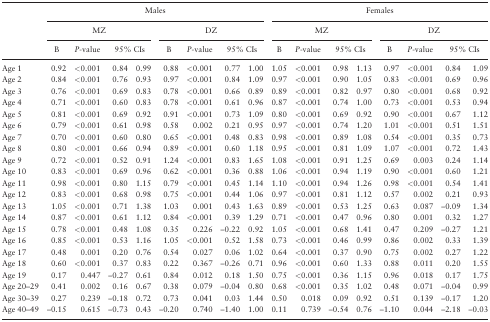
<table><thead><tr><td>[EMPTY_CELL]</td><td colspan="8"><b>Males</b></td><td colspan="8"><b>Females</b></td></tr><tr><td>[EMPTY_CELL]</td><td colspan="4"><b>MZ</b></td><td colspan="4"><b>DZ</b></td><td colspan="4"><b>MZ</b></td><td colspan="4"><b>DZ</b></td></tr><tr><td>[EMPTY_CELL]</td><td><b>B</b></td><td><b><i>P</i>-value</b></td><td colspan="2"><b>95% CIs</b></td><td><b>B</b></td><td><b><i>P</i>-value</b></td><td colspan="2"><b>95% CIs</b></td><td><b>B</b></td><td><b><i>P</i>-value</b></td><td colspan="2"><b>95% CIs</b></td><td><b>B</b></td><td><b><i>P</i>-value</b></td><td colspan="2"><b>95% CIs</b></td></tr></thead><tbody><tr><td>Age 1</td><td>0.92</td><td>&lt;0.001</td><td>0.84</td><td>0.99</td><td>0.88</td><td>&lt;0.001</td><td>0.77</td><td>1.00</td><td>1.05</td><td>&lt;0.001</td><td>0.98</td><td>1.13</td><td>0.97</td><td>&lt;0.001</td><td>0.84</td><td>1.09</td></tr><tr><td>Age 2</td><td>0.84</td><td>&lt;0.001</td><td>0.76</td><td>0.93</td><td>0.97</td><td>&lt;0.001</td><td>0.84</td><td>1.09</td><td>0.97</td><td>&lt;0.001</td><td>0.90</td><td>1.05</td><td>0.83</td><td>&lt;0.001</td><td>0.69</td><td>0.96</td></tr><tr><td>Age 3</td><td>0.76</td><td>&lt;0.001</td><td>0.69</td><td>0.83</td><td>0.78</td><td>&lt;0.001</td><td>0.66</td><td>0.89</td><td>0.89</td><td>&lt;0.001</td><td>0.82</td><td>0.97</td><td>0.80</td><td>&lt;0.001</td><td>0.68</td><td>0.92</td></tr><tr><td>Age 4</td><td>0.71</td><td>&lt;0.001</td><td>0.60</td><td>0.83</td><td>0.78</td><td>&lt;0.001</td><td>0.61</td><td>0.96</td><td>0.87</td><td>&lt;0.001</td><td>0.74</td><td>1.00</td><td>0.73</td><td>&lt;0.001</td><td>0.53</td><td>0.94</td></tr><tr><td>Age 5</td><td>0.81</td><td>&lt;0.001</td><td>0.69</td><td>0.92</td><td>0.91</td><td>&lt;0.001</td><td>0.73</td><td>1.09</td><td>0.80</td><td>&lt;0.001</td><td>0.69</td><td>0.92</td><td>0.90</td><td>&lt;0.001</td><td>0.67</td><td>1.12</td></tr><tr><td>Age 6</td><td>0.79</td><td>&lt;0.001</td><td>0.61</td><td>0.98</td><td>0.58</td><td>0.002</td><td>0.21</td><td>0.95</td><td>0.97</td><td>&lt;0.001</td><td>0.74</td><td>1.20</td><td>1.01</td><td>&lt;0.001</td><td>0.51</td><td>1.51</td></tr><tr><td>Age 7</td><td>0.70</td><td>&lt;0.001</td><td>0.60</td><td>0.80</td><td>0.65</td><td>&lt;0.001</td><td>0.48</td><td>0.83</td><td>0.98</td><td>&lt;0.001</td><td>0.89</td><td>1.08</td><td>0.54</td><td>&lt;0.001</td><td>0.35</td><td>0.73</td></tr><tr><td>Age 8</td><td>0.80</td><td>&lt;0.001</td><td>0.66</td><td>0.94</td><td>0.89</td><td>&lt;0.001</td><td>0.60</td><td>1.18</td><td>0.95</td><td>&lt;0.001</td><td>0.81</td><td>1.09</td><td>1.07</td><td>&lt;0.001</td><td>0.72</td><td>1.43</td></tr><tr><td>Age 9</td><td>0.72</td><td>&lt;0.001</td><td>0.52</td><td>0.91</td><td>1.24</td><td>&lt;0.001</td><td>0.83</td><td>1.65</td><td>1.08</td><td>&lt;0.001</td><td>0.91</td><td>1.25</td><td>0.69</td><td>0.003</td><td>0.24</td><td>1.14</td></tr><tr><td>Age 10</td><td>0.83</td><td>&lt;0.001</td><td>0.69</td><td>0.96</td><td>0.62</td><td>&lt;0.001</td><td>0.36</td><td>0.88</td><td>1.06</td><td>&lt;0.001</td><td>0.94</td><td>1.19</td><td>0.90</td><td>&lt;0.001</td><td>0.60</td><td>1.21</td></tr><tr><td>Age 11</td><td>0.98</td><td>&lt;0.001</td><td>0.80</td><td>1.15</td><td>0.79</td><td>&lt;0.001</td><td>0.45</td><td>1.14</td><td>1.10</td><td>&lt;0.001</td><td>0.94</td><td>1.26</td><td>0.98</td><td>&lt;0.001</td><td>0.54</td><td>1.41</td></tr><tr><td>Age 12</td><td>0.83</td><td>&lt;0.001</td><td>0.68</td><td>0.98</td><td>0.75</td><td>&lt;0.001</td><td>0.44</td><td>1.06</td><td>0.97</td><td>&lt;0.001</td><td>0.81</td><td>1.12</td><td>0.57</td><td>0.002</td><td>0.21</td><td>0.93</td></tr><tr><td>Age 13</td><td>1.05</td><td>&lt;0.001</td><td>0.71</td><td>1.38</td><td>1.03</td><td>0.001</td><td>0.43</td><td>1.63</td><td>0.89</td><td>&lt;0.001</td><td>0.53</td><td>1.25</td><td>0.63</td><td>0.087</td><td>–0.09</td><td>1.34</td></tr><tr><td>Age 14</td><td>0.87</td><td>&lt;0.001</td><td>0.61</td><td>1.12</td><td>0.84</td><td>&lt;0.001</td><td>0.39</td><td>1.29</td><td>0.71</td><td>&lt;0.001</td><td>0.47</td><td>0.96</td><td>0.80</td><td>0.001</td><td>0.32</td><td>1.27</td></tr><tr><td>Age 15</td><td>0.78</td><td>&lt;0.001</td><td>0.48</td><td>1.08</td><td>0.35</td><td>0.226</td><td>–0.22</td><td>0.92</td><td>1.05</td><td>&lt;0.001</td><td>0.68</td><td>1.41</td><td>0.47</td><td>0.209</td><td>–0.27</td><td>1.21</td></tr><tr><td>Age 16</td><td>0.85</td><td>&lt;0.001</td><td>0.53</td><td>1.16</td><td>1.05</td><td>&lt;0.001</td><td>0.52</td><td>1.58</td><td>0.73</td><td>&lt;0.001</td><td>0.46</td><td>0.99</td><td>0.86</td><td>0.002</td><td>0.33</td><td>1.39</td></tr><tr><td>Age 17</td><td>0.48</td><td>0.001</td><td>0.20</td><td>0.76</td><td>0.54</td><td>0.027</td><td>0.06</td><td>1.02</td><td>0.64</td><td>&lt;0.001</td><td>0.37</td><td>0.90</td><td>0.75</td><td>0.002</td><td>0.27</td><td>1.22</td></tr><tr><td>Age 18</td><td>0.60</td><td>&lt;0.001</td><td>0.37</td><td>0.83</td><td>0.22</td><td>0.367</td><td>–0.26</td><td>0.71</td><td>0.96</td><td>&lt;0.001</td><td>0.60</td><td>1.33</td><td>0.88</td><td>0.011</td><td>0.20</td><td>1.55</td></tr><tr><td>Age 19</td><td>0.17</td><td>0.447</td><td>–0.27</td><td>0.61</td><td>0.84</td><td>0.012</td><td>0.18</td><td>1.50</td><td>0.75</td><td>&lt;0.001</td><td>0.36</td><td>1.15</td><td>0.96</td><td>0.018</td><td>0.17</td><td>1.75</td></tr><tr><td>Age 20–29</td><td>0.41</td><td>0.002</td><td>0.16</td><td>0.67</td><td>0.38</td><td>0.079</td><td>–0.04</td><td>0.80</td><td>0.68</td><td>&lt;0.001</td><td>0.35</td><td>1.02</td><td>0.48</td><td>0.071</td><td>–0.04</td><td>0.99</td></tr><tr><td>Age 30–39</td><td>0.27</td><td>0.239</td><td>–0.18</td><td>0.72</td><td>0.73</td><td>0.041</td><td>0.03</td><td>1.44</td><td>0.50</td><td>0.018</td><td>0.09</td><td>0.92</td><td>0.51</td><td>0.139</td><td>–0.17</td><td>1.20</td></tr><tr><td>Age 40–49</td><td>–0.15</td><td>0.615</td><td>–0.73</td><td>0.43</td><td>–0.20</td><td>0.740</td><td>–1.40</td><td>1.00</td><td>0.11</td><td>0.739</td><td>–0.54</td><td>0.76</td><td>–1.10</td><td>0.044</td><td>–2.18</td><td>–0.03</td></tr></tbody></table>